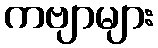
ကဗျာများ